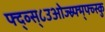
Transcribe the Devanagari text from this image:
फ्द्व्स्८उओज्स्र्फ्म्फ्व्स्कु